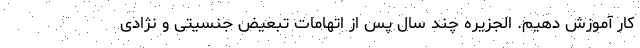
کار آموزش دهیم. الجزیره چند سال پس از اتهامات تبعیض جنسیتی و نژادی